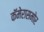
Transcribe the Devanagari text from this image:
कॅमेरासमोर